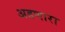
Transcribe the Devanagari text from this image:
अडणारा